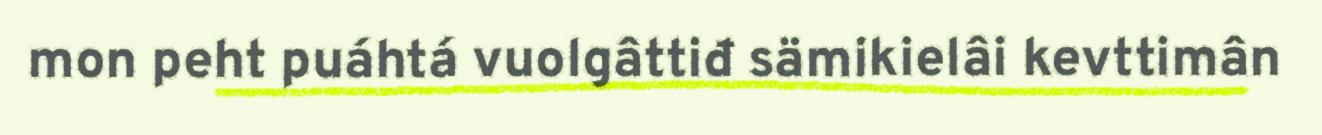
mon peht puáhtá vuolgâttiđ sämikielâi kevttimân